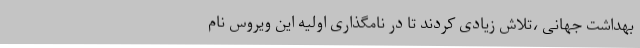
بهداشت جهانی ،تلاش زیادی کردند تا در نامگذاری اولیه این ویروس نام